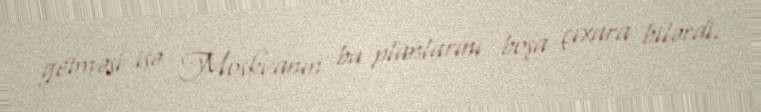
getməsi isə Moskvanın bu planlarını boşa çıxara bilərdi.